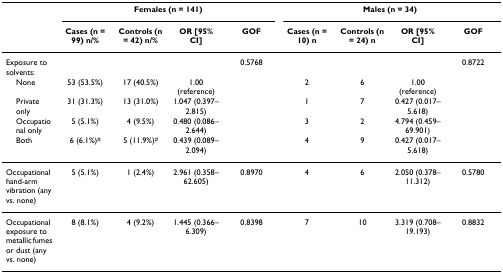
<table><thead><tr><td></td><td colspan="4"><b>Females (n = 141)</b></td><td colspan="4"><b>Males (n = 34)</b></td></tr><tr><td></td><td><b>Cases (n = 99) n/%</b></td><td><b>Controls (n = 42) n/%</b></td><td><b>OR [95% CI]</b></td><td><b>GOF</b></td><td><b>Cases (n = 10) n</b></td><td><b>Controls (n = 24) n</b></td><td><b>OR [95% CI]</b></td><td><b>GOF</b></td></tr></thead><tbody><tr><td>Exposure to solvents:</td><td></td><td></td><td></td><td>0.5768</td><td></td><td></td><td></td><td>0.8722</td></tr><tr><td> None</td><td>53 (53.5%)</td><td>17 (40.5%)</td><td>1.00 (reference)</td><td></td><td>2</td><td>6</td><td>1.00 (reference)</td><td></td></tr><tr><td> Private only</td><td>31 (31.3%)</td><td>13 (31.0%)</td><td>1.047 (0.397–2.815)</td><td></td><td>1</td><td>7</td><td>0.427 (0.017–5.618)</td><td></td></tr><tr><td> Occupational only</td><td>5 (5.1%)</td><td>4 (9.5%)</td><td>0.480 (0.086–2.644)</td><td></td><td>3</td><td>2</td><td>4.794 (0.459–69.901)</td><td></td></tr><tr><td> Both</td><td>6 (6.1%)<sup>#</sup></td><td>5 (11.9%)<sup>#</sup></td><td>0.439 (0.089–2.094)</td><td></td><td>4</td><td>9</td><td>0.427 (0.017–5.618)</td><td></td></tr><tr><td>Occupational hand-arm vibration (any vs. none)</td><td>5 (5.1%)</td><td>1 (2.4%)</td><td>2.961 (0.358–62.605)</td><td>0.8970</td><td>4</td><td>6</td><td>2.050 (0.378–11.312)</td><td>0.5780</td></tr><tr><td>Occupational exposure to metallic fumes or dust (any vs. none)</td><td>8 (8.1%)</td><td>4 (9.2%)</td><td>1.445 (0.366–6.309)</td><td>0.8398</td><td>7</td><td>10</td><td>3.319 (0.708–19.193)</td><td>0.8832</td></tr></tbody></table>